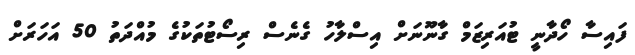
ފައިސާ ހޯދާނީ ޓުއަރިޒަމް ގާނޫނަށް އިސްލާހު ގެނެސް ރިސޯޓުތަކުގެ މުއްދަތު 50 އަހަރަށް